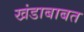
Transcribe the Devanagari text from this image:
खंडाबाबत